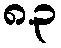
၈.၃